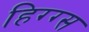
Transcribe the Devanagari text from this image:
हिग्ग्स